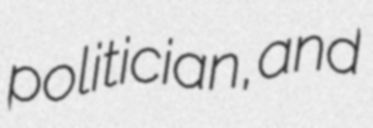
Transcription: politician, and